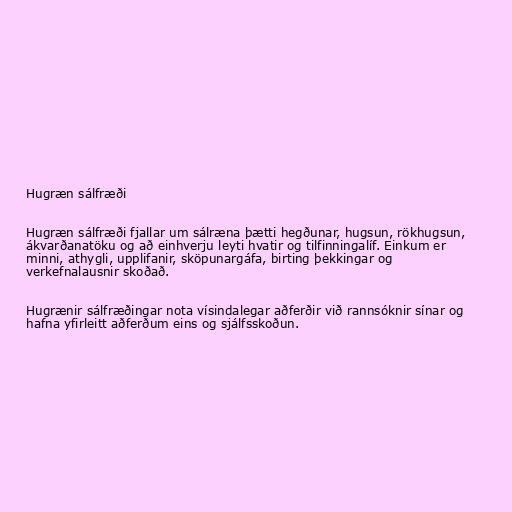
Hugræn sálfræði

Hugræn sálfræði fjallar um sálræna þætti hegðunar, hugsun, rökhugsun,
ákvarðanatöku og að einhverju leyti hvatir og tilfinningalíf. Einkum er
minni, athygli, upplifanir, sköpunargáfa, birting þekkingar og
verkefnalausnir skoðað.

Hugrænir sálfræðingar nota vísindalegar aðferðir við rannsóknir sínar og
hafna yfirleitt aðferðum eins og sjálfsskoðun.